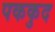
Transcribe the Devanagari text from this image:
पककुद